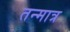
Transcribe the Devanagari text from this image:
तन्मात्र